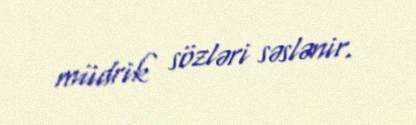
müdrik sözləri səslənir.